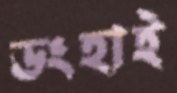
ডংহাই